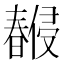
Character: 𣋨